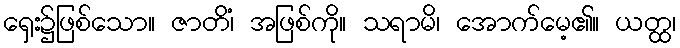
ရှေး၌ဖြစ်သော။ ဇာတိံ၊ အဖြစ်ကို။ သရာမိ၊ အောက်မေ့၏။ ယတ္ထ၊